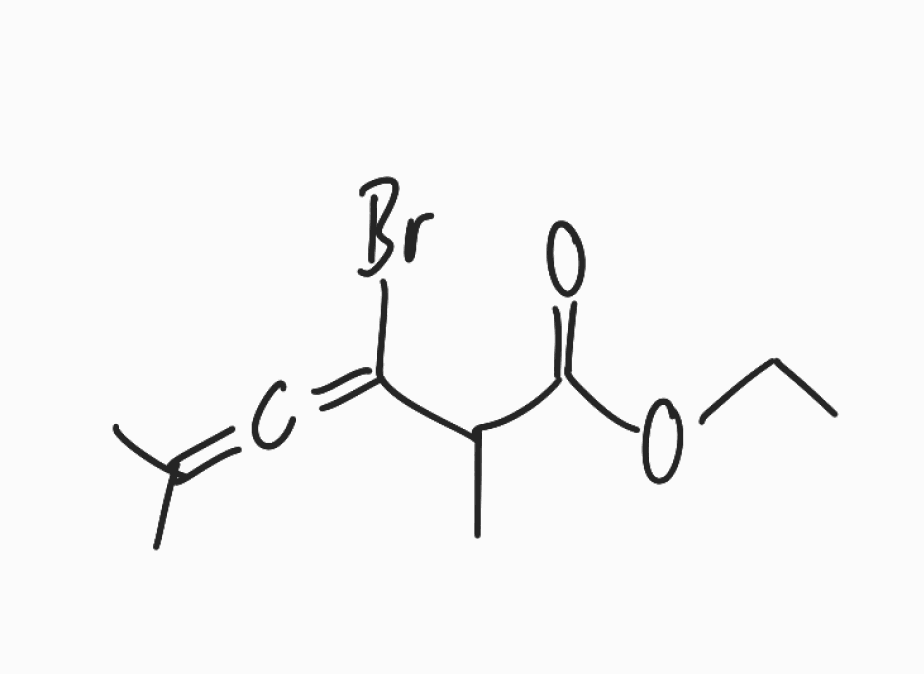
Simplified molecular-input line-entry system (SMILES) notation of the given molecule:
CCOC(=O)C(C)C(=C=C(C)C)Br